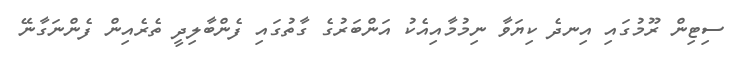
ސިޓިން ރޫމުގައި އިނދެ ކިޔަވާ ނިމުމާއިއެކު އަންބަރުގެ ގާތުގައި ފެންބާލިދީ ތެރެއިން ފެންނަގާނޭ